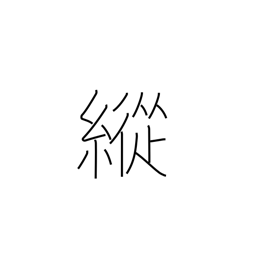
Meaning: indulge in